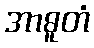
အာဓူတံ